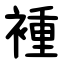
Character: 褈